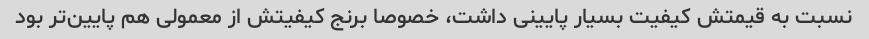
نسبت به قیمتش کیفیت بسیار پایینی داشت، خصوصا برنج کیفیتش از معمولی هم پایین‌تر بود